Proceedings of the meeting of veterinary officers in India
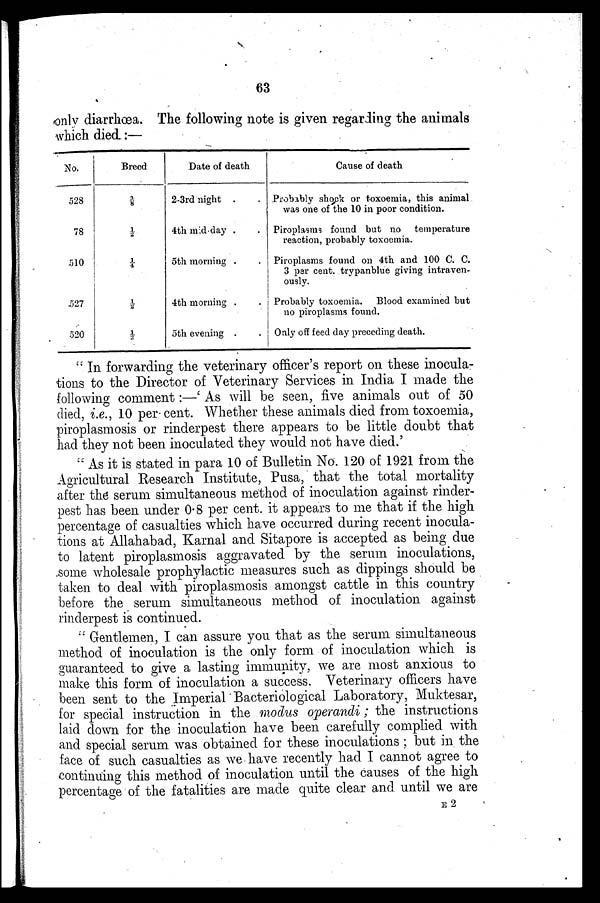
63
only diarrhœa. The following note is given regarding the animals
which died:—
No.
528
78
510
527
520
Breed
3/8
½
¼
½
½
Date of death
2-3rd night . .
4th mid-day . .
5th morning . .
4th morning . .
5th evening . .
Cause of death
Probably shock or toxoemia, this animal
was one of the 10 in poor condition.
Piroplasms found but no
temperature
reaction, probably toxoemia.
Piroplasms found on 4th and 100 C. C.
3 per cent. trypanblue giving intraven-
ously.
Probably toxoemia.
Blood examined but
no piroplasms found.
Only off feed day preceding death.
"In forwarding the veterinary officer's report on these inocula-
tions to the Director of Veterinary Services in India I made the
following comment:—'As will be seen, five animals out of 50
died, i.e., 10 per cent. Whether these animals died from toxoemia,
piroplasmosis or rinderpest there appears to be little doubt that
had they not been inoculated they would not have died.'
"As it is stated in para 10 of Bulletin No. 120 of 1921 from the
Agricultural Research Institute, Pusa, that the total mortality
after the serum simultaneous method of inoculation against rinder-
pest has been under 0.8 per cent. it appears to me that if the high
percentage of casualties which have occurred during recent inocula-
tions at Allahabad, Karnal and Sitapore is accepted as being due
to latent piroplasmosis aggravated by the serum inoculations,
some wholesale prophylactic measures such as dippings should be
taken to deal with piroplasmosis amongst cattle in this country
before the serum simultaneous method of inoculation against
rinderpest is continued.
"Gentlemen, I can assure you that as the serum simultaneous
method of inoculation is the only form of inoculation which is
guaranteed to give a lasting immunity, we are most anxious to
make this form of inoculation a success. Veterinary officers have
been sent to the Imperial Bacteriological Laboratory, Muktesar,
for special instruction in the modus operandi; the instructions
laid down for the inoculation have been carefully complied with
and special serum was obtained for these inoculations; but in the
face of such casualties as we have recently had I cannot agree to
continuing this method of inoculation until the causes of the high
percentage of the fatalities are made quite clear and until we are
E 2